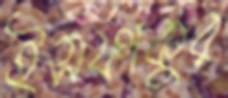
ইসফাকুর